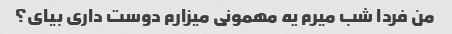
من فردا شب میرم یه مهمونی میزارم دوست داری بیای؟